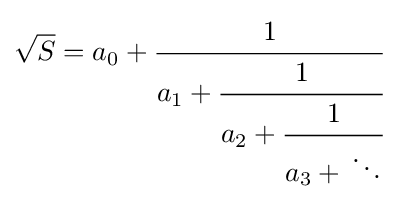
{\sqrt {S}}=a_{0}+{\cfrac {1}{a_{1}+{\cfrac {1}{a_{2}+{\cfrac {1}{a_{3}+\,\ddots }}}}}}